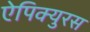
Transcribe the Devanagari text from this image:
ऐपिक्युरस